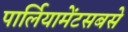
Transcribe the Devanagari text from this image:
पार्लियामेंटसबसे